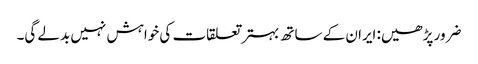
ضرور پڑھیں: ایران کے ساتھ بہتر تعلقات کی خواہش نہیں بدلے گی۔